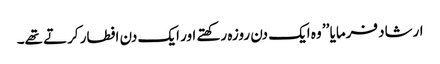
ارشاد فرمایا ’’ وہ ایک دن روزہ رکھتے اور ایک دن افطار کرتے تھے۔